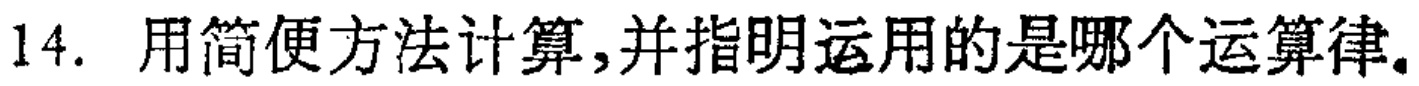
14. 用简便方法计算,并指明运用的是哪个运算律。